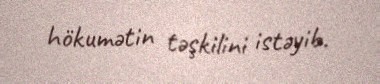
hökumətin təşkilini istəyib.